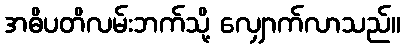
အဓိပတိလမ်းဘက်သို့ လျှောက်လာသည်။